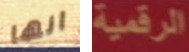
انها الرقمية